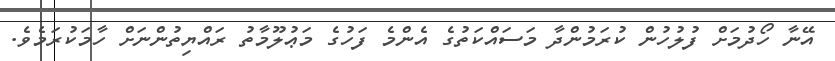
އޭނާ ހޯދުމަށް ފުލުހުން ކުރަމުންދާ މަސައްކަތުގެ އެންމެ ފަހުގެ މަޢުލޫމާތު ރައްޔިތުންނަށް ހާމަކުރަމެވެ.